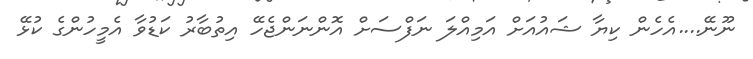
ނޫނޭ....އެހެން ކިޔާ ޝައުއަށް އަމިއްލަ ނަފްސަށް އޮންނަންޖެހޭ އިތުބާރު ކަޑުވާ އެމީހުންގެ ކުޅޭ